Annual administration and progress report of the Indian Medical Department, Bombay
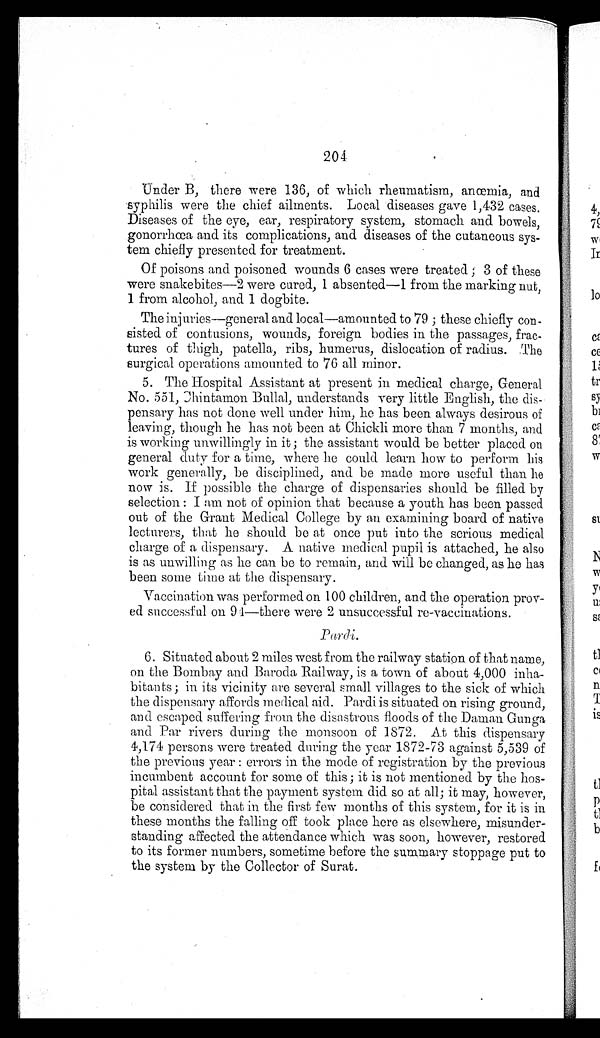
204
Under B, there were 136, of which rheumatism, anœmia, and
syphilis were the chief ailments. Local diseases gave 1,432 cases.
Diseases of the eye, ear, respiratory system, stomach and bowels,
gonorrhœa and its complications, and diseases of the cutaneous sys
-
tem chiefly presented for treatment.
Of poisons and poisoned wounds 6 cases were treated; 3 of these
were snakebites—2 were cured, 1 absented—1 from the marking nut,
1 from alcohol, and 1 dogbite.
The injuries—general and local—amounted to 79; these chiefly con
-
sisted of contusions, wounds, foreign bodies in the passages, frac
-
tures of thigh, patella, ribs, humerus, dislocation of radius. The
surgical operations amounted to 76 all minor.
5. The Hospital Assistant at present in medical charge, General
No. 551, Chintamon Bullal, understands very little English, the dis
-
pensary has not done well under him, he has been always desirous of
leaving, though he has not been at Chickli more than 7 months, and
is working unwillingly in it; the assistant would be better placed on
general duty for a time, where he could learn how to perform his
work generally, be disciplined, and be made more useful than he
now is. If possible the charge of dispensaries should be filled by
selection: I am not of opinion that because a youth has been passed
out of the Grant Medical College by an examining board of native
lecturers, that he should be at once put into the serious medical
charge of a dispensary. A native medical pupil is attached, he also
is as unwilling as he can be to remain, and will be changed, as he has
been some time at the dispensary.
Vaccination was performed on 100 children, and the operation prov
-
ed successful on 94—there were 2 unsuccessful re-vaccinations.
6. Situated about 2 miles west from the railway station of that name,
on the Bombay and Baroda Railway, is a town of about 4,000 inha
-
bitants; in its vicinity are several small villages to the sick of which
the dispensary affords medical aid. Pardi is situated on rising ground,
and escaped suffering from the disastrous floods of the Daman Gunga
and Par rivers during the monsoon of 1872. At this dispensary
4,174 persons were treated during the year 1872-73 against 5,539 of
the previous year: errors in the mode of registration by the previous
incumbent account for some of this; it is not mentioned by the hos
-
pital assistant that the payment system did so at all; it may, however,
be considered that in the first few months of this system, for it is in
these months the falling off took place here as elsewhere, misunder
-
standing affected the attendance which was soon, however, restored
to its former numbers, sometime before the summary stoppage put to
the system by the Collector of Surat.